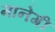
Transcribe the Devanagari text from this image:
मानेगी